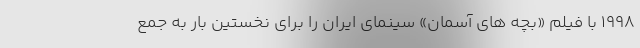
۱۹۹۸ با فیلم «بچه های آسمان» سینمای ایران را برای نخستین بار به جمع